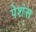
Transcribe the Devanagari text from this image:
पेशंस